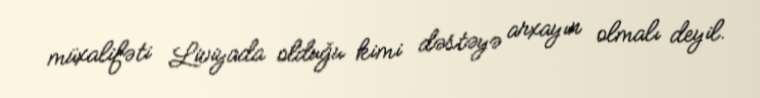
müxalifəti Liviyada olduğu kimi dəstəyə arxayın olmalı deyil.